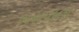
બચવાના